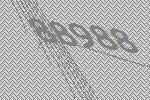
88988